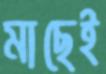
মাছেই